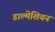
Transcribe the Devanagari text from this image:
डाल्मेशियन